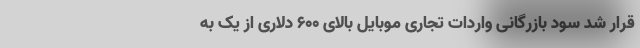
قرار شد سود بازرگانی واردات تجاری موبایل بالای ۶۰۰ دلاری از یک به